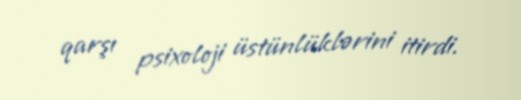
qarşı psixoloji üstünlüklərini itirdi.